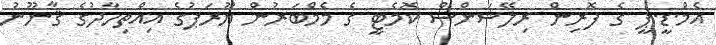
އެމް.ޑީ.ޕީ ގެ ފޮރިން ރިލޭޝަންސް ކޮމެޓީ ގެ މެމްބަރުން ޔޫރަޕުގެ އިއްތިހާދުގެ ޤާނޫނު